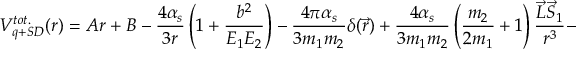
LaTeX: V _ { q + S D } ^ { t o t . } ( r ) = A r + B - \frac { 4 \alpha _ { s } } { 3 r } \left( 1 + \frac { b ^ { 2 } } { E _ { 1 } E _ { 2 } } \right) - \frac { 4 \pi \alpha _ { s } } { 3 m _ { 1 } m _ { 2 } } \delta ( \vec { r } ) + \frac { 4 \alpha _ { s } } { 3 m _ { 1 } m _ { 2 } } \left( \frac { m _ { 2 } } { 2 m _ { 1 } } + 1 \right) \frac { \vec { L } \vec { S } _ { 1 } } { r ^ { 3 } } -